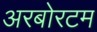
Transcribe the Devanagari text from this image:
अरबोरटम